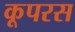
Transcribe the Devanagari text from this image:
कूपरस